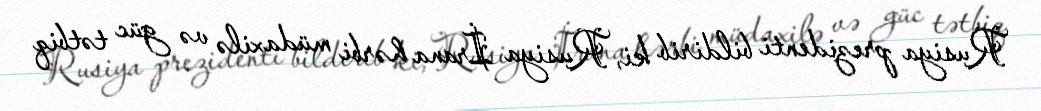
Rusiya prezidenti bildirib ki, Rusiya İrana hərbi müdaxilə və güc tətbiq